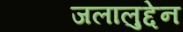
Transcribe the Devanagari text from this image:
जलालुद्देन